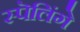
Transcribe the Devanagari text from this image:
स्पॆलिंगे